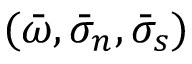
( \bar { \omega } , \bar { \sigma } _ { n } , \bar { \sigma } _ { s } )